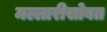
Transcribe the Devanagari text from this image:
मल्लारीसोबत